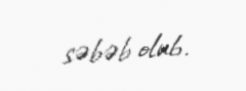
səbəb olub.